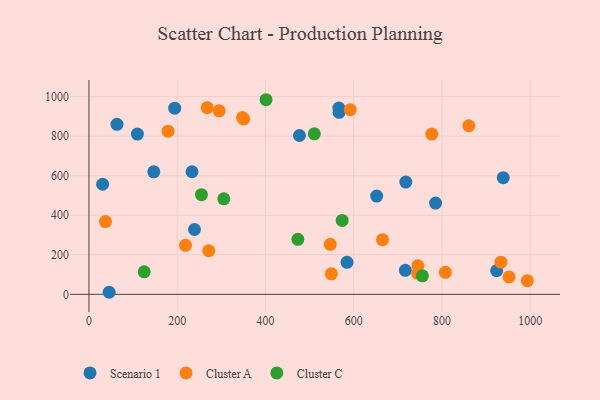
{"axis": {"x": "Price", "y": "Demand"}, "legend": ["Cluster A", "Cluster C", "Scenario 1"], "data": [{"x": "109.8", "y": 810.6, "type": "Scenario 1"}, {"x": "147.0", "y": 619.5, "type": "Scenario 1"}, {"x": "45.8", "y": 10.4, "type": "Scenario 1"}, {"x": "194.3", "y": 941.9, "type": "Scenario 1"}, {"x": "717.0", "y": 121.2, "type": "Scenario 1"}, {"x": "566.8", "y": 920.8, "type": "Scenario 1"}, {"x": "718.0", "y": 568.1, "type": "Scenario 1"}, {"x": "63.5", "y": 860.1, "type": "Scenario 1"}, {"x": "938.8", "y": 590.0, "type": "Scenario 1"}, {"x": "31.0", "y": 556.8, "type": "Scenario 1"}, {"x": "584.8", "y": 162.1, "type": "Scenario 1"}, {"x": "652.0", "y": 496.9, "type": "Scenario 1"}, {"x": "923.9", "y": 119.9, "type": "Scenario 1"}, {"x": "477.0", "y": 803.6, "type": "Scenario 1"}, {"x": "566.3", "y": 942.5, "type": "Scenario 1"}, {"x": "233.6", "y": 620.1, "type": "Scenario 1"}, {"x": "239.2", "y": 327.9, "type": "Scenario 1"}, {"x": "785.4", "y": 461.6, "type": "Scenario 1"}, {"x": "665.2", "y": 276.5, "type": "Cluster A"}, {"x": "37.4", "y": 368.2, "type": "Cluster A"}, {"x": "933.6", "y": 162.7, "type": "Cluster A"}, {"x": "546.8", "y": 252.8, "type": "Cluster A"}, {"x": "179.4", "y": 825.6, "type": "Cluster A"}, {"x": "549.4", "y": 103.9, "type": "Cluster A"}, {"x": "744.9", "y": 106.3, "type": "Cluster A"}, {"x": "350.6", "y": 887.2, "type": "Cluster A"}, {"x": "295.1", "y": 928.3, "type": "Cluster A"}, {"x": "777.0", "y": 810.6, "type": "Cluster A"}, {"x": "347.9", "y": 894.5, "type": "Cluster A"}, {"x": "951.9", "y": 88.0, "type": "Cluster A"}, {"x": "218.7", "y": 247.7, "type": "Cluster A"}, {"x": "592.2", "y": 934.2, "type": "Cluster A"}, {"x": "860.8", "y": 852.9, "type": "Cluster A"}, {"x": "271.5", "y": 220.4, "type": "Cluster A"}, {"x": "268.0", "y": 944.2, "type": "Cluster A"}, {"x": "807.7", "y": 111.1, "type": "Cluster A"}, {"x": "993.5", "y": 68.8, "type": "Cluster A"}, {"x": "745.4", "y": 144.6, "type": "Cluster A"}, {"x": "401.3", "y": 984.5, "type": "Cluster C"}, {"x": "473.4", "y": 278.4, "type": "Cluster C"}, {"x": "254.9", "y": 504.1, "type": "Cluster C"}, {"x": "755.6", "y": 93.6, "type": "Cluster C"}, {"x": "510.7", "y": 811.8, "type": "Cluster C"}, {"x": "305.6", "y": 483.1, "type": "Cluster C"}, {"x": "125.2", "y": 113.9, "type": "Cluster C"}, {"x": "573.8", "y": 373.8, "type": "Cluster C"}]}